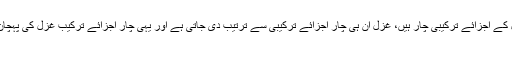
غزل کے اجزائے ترکیبی چار ہیں، غزل اِن ہی چار اجزائے ترکیبی سے ترتیب دی جاتی ہے اور یہی چار اجزائے ترکیب غزل کی پہچان ہیں
۱۔